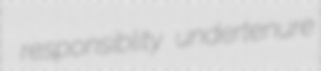
responsiblity undertenure